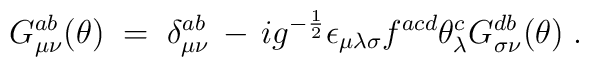
G_{\mu\nu}^{ab} (\theta) \;=\; \delta_{\mu\nu}^{ab} \,-\, i g^{-\frac{1}{2}}\epsilon_{\mu\lambda\sigma} f^{acd} \theta_\lambda^c G_{\sigma\nu}^{db}(\theta)\;.